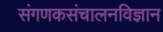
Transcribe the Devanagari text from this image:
संगणकसंचालनविज्ञान